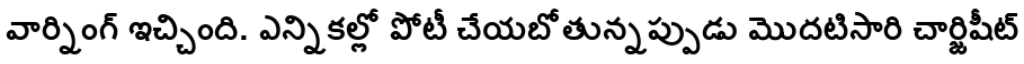
వార్నింగ్ ఇచ్చింది. ఎన్నికల్లో పోటీ చేయబోతున్నప్పుడు మొదటిసారి చార్జిషీట్